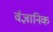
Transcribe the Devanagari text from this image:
र्वज्ञानिक